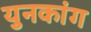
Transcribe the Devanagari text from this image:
युनकांग